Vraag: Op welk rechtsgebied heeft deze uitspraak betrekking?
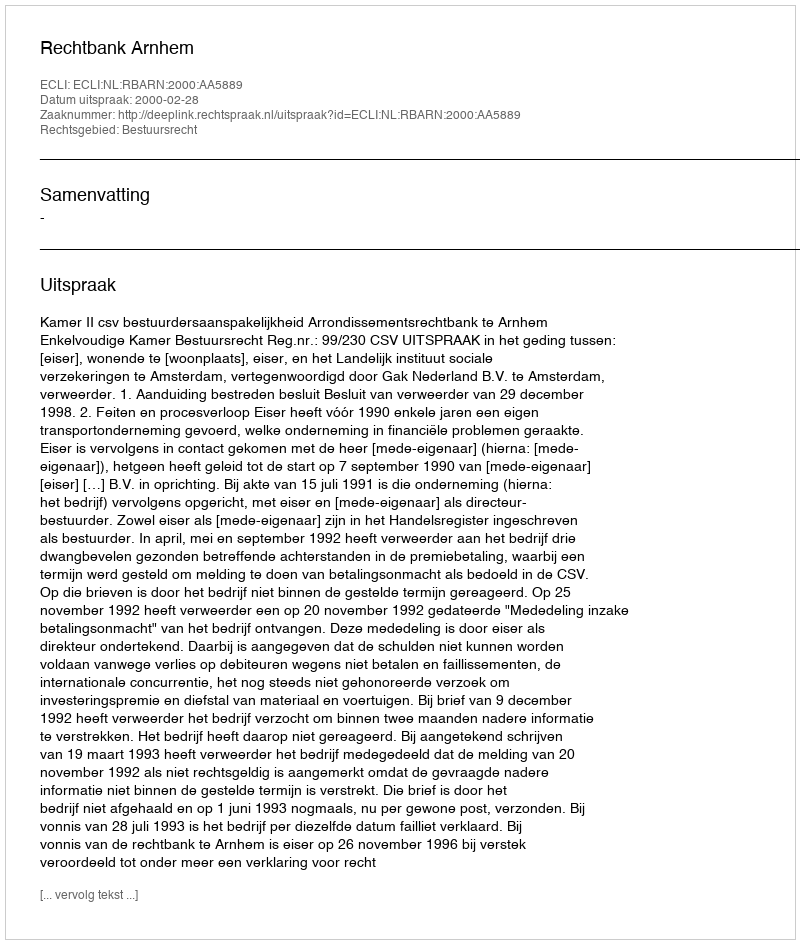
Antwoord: Bestuursrecht